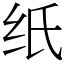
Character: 纸